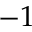
- 1